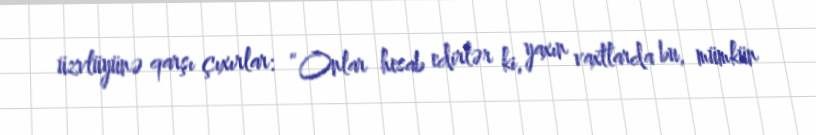
üzvlüyünə qarşı çıxırlar: “Onlar hesab edirlər ki, yaxın vaxtlarda bu, mümkün